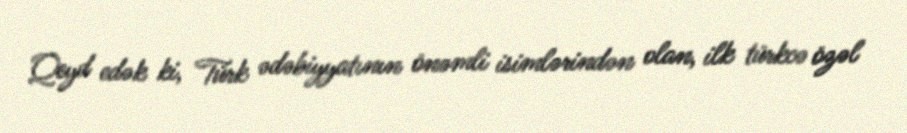
Qeyd edək ki, Türk ədəbiyyatının önəmli isimlərindən olan, ilk türkcə özəl